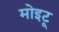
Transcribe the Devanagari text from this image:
मोइटू